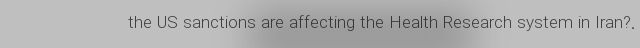
the US sanctions are affecting the Health Research system in Iran?.